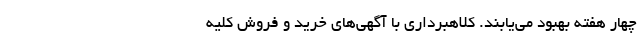
چهار هفته بهبود می‌یابند. کلاهبرداری با آگهی‌های خرید و فروش کلیه